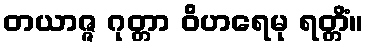
တယာဇ္ဇ ဂုတ္တာ ဝိဟရေမု ရတ္တိံ။